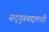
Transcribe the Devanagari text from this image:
सद्‌गुरूबद्दलची